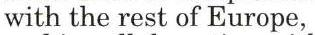
with the rest of Europe,